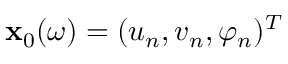
\mathbf { x } _ { 0 } ( \omega ) = ( u _ { n } , v _ { n } , \varphi _ { n } ) ^ { T }